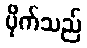
ပိုက်သည်